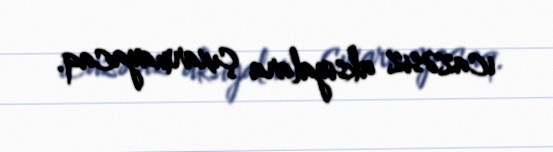
icazəsiz aksiyalara çıxarmayacaq.